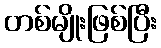
တစ်မျိုးဖြစ်ပြီး